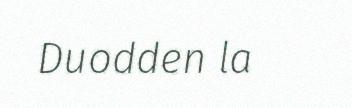
Duodden la